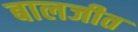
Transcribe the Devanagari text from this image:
बालजीत